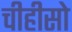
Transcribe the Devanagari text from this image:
चीहीसो